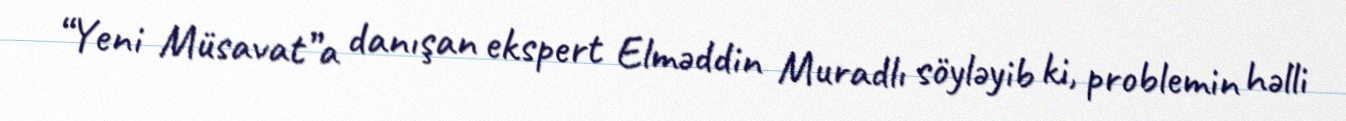
“Yeni Müsavat”a danışan ekspert Elməddin Muradlı söyləyib ki, problemin həlli